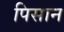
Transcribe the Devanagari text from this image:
पिसान